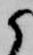
候